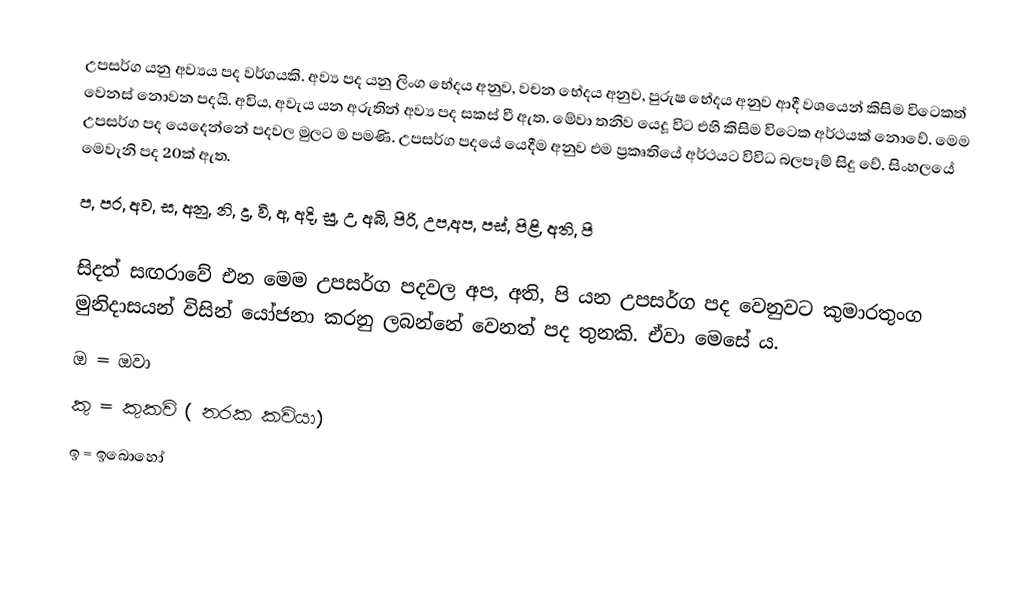
උපසර්ග යනු අව්‍යය පද වර්ගයකි. අව්‍ය පද යනු ලිංග භේදය අනුව, වචන භේදය අනුව, පුරුෂ භේදය අනුව ආදී වශයෙන් කිසිම විටෙකත් වෙනස් නොවන පදයි. අවිය, අවැය යන අරුතින් අව්‍ය පද සකස් වී ඇත. මේවා තනිව යෙදූ විට එහි කිසිම විටෙක අර්ථයක් නොවේ. මෙම උපසර්ග පද යෙදෙන්නේ පදවල මුලට ම පමණි. උපසර්ග පදයේ යෙදීම අනුව එම ප්‍රකෘතියේ අර්ථයට විවිධ බලපෑම් සිදු වේ. සිංහලයේ මෙවැනි පද 20ක් ඇත.
ප, පර, අව, ස, අනු, නි, දු, වි, අ, අදි, සු, උ, අබි, පිරි, උප,අප, පස්, පිළි, අති, පි

සිදත් සඟරාවේ එන මෙම උපසර්ග පදවල අප, අති, පි යන උපසර්ග පද වෙනුවට කුමාරතුංග මුනිදාසයන් විසින් යෝජනා කරනු ලබන්නේ වෙනත් පද තුනකි. ඒවා මෙසේ ය.
ඔ = ඔවා
කු = කුකවි ( නරක කවියා)
ඉ = ඉබොහෝ